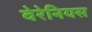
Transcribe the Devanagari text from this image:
वेरेनियस